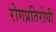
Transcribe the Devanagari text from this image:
रोगप्रतिरोधी